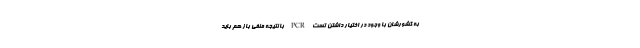
به کشورشان با وجود در اختیار داشتن تست PCR با نتیجه منفی باز هم باید